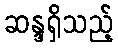
ဆန္ဒရှိသည့်